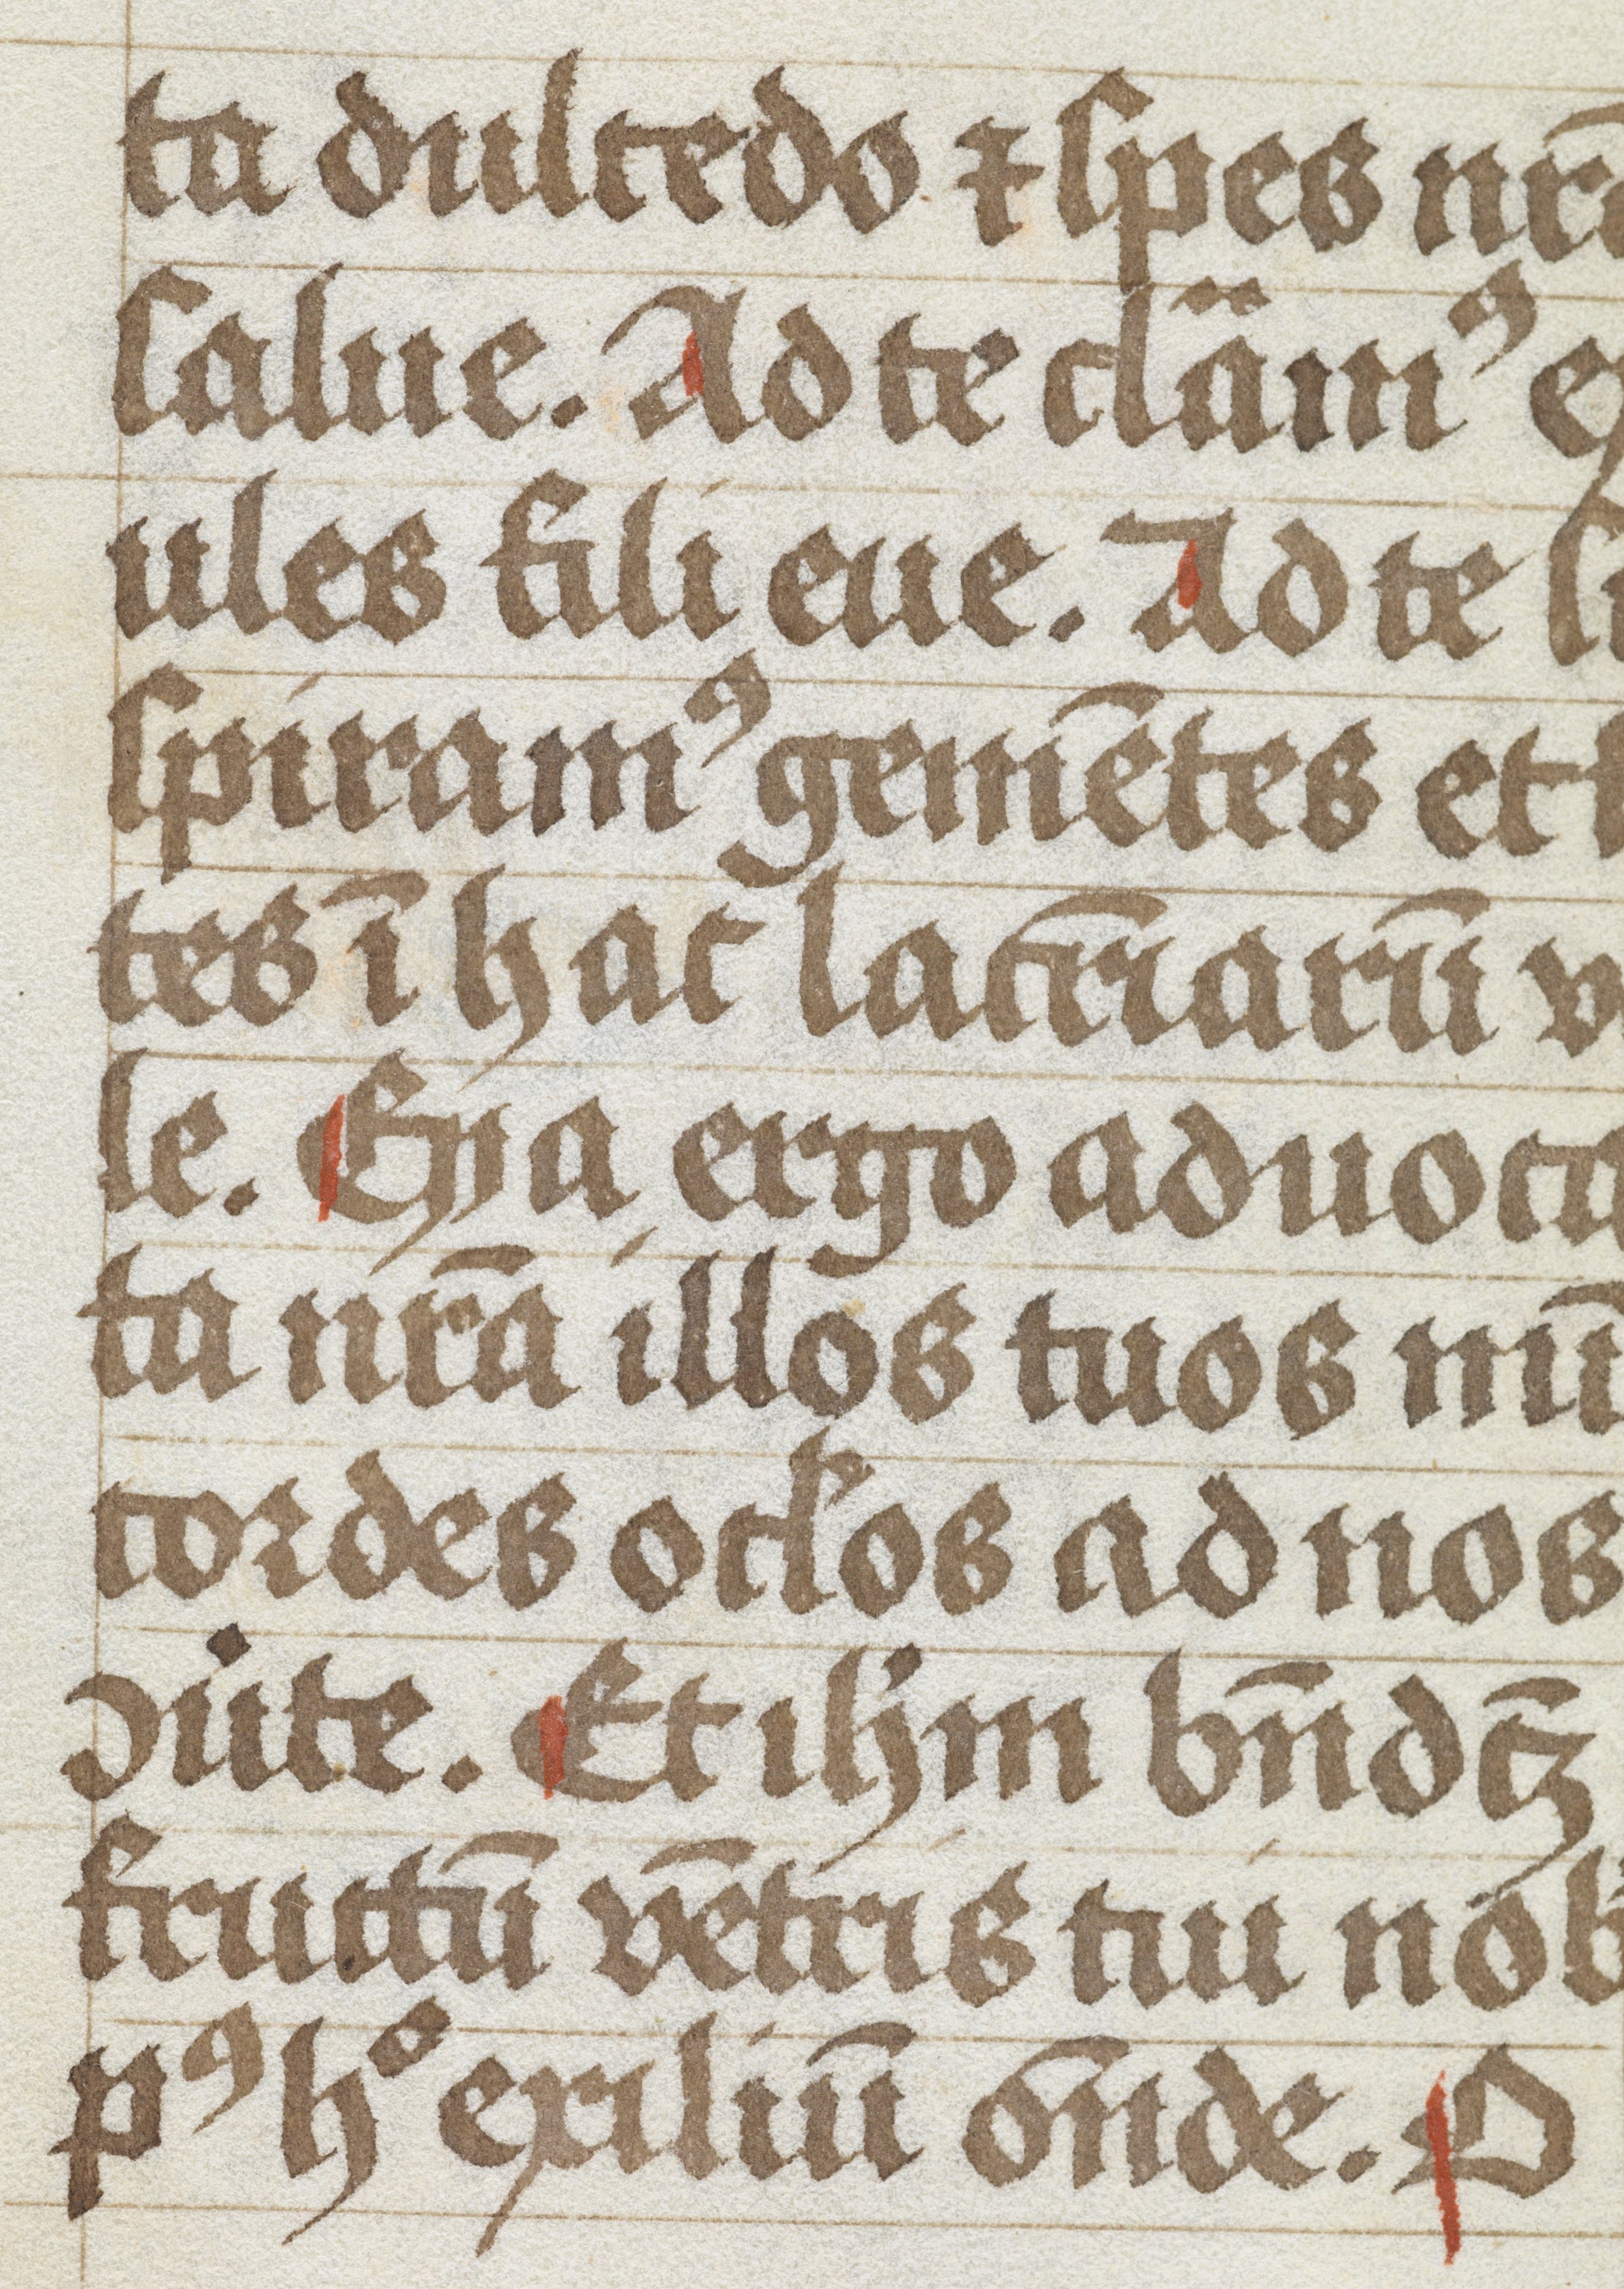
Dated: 1496–1496